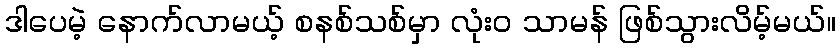
ဒါပေမဲ့ နောက်လာမယ့် စနစ်သစ်မှာ လုံးဝ သာမန် ဖြစ်သွားလိမ့်မယ်။